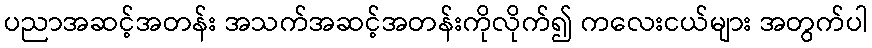
ပညာအဆင့်အတန်း အသက်အဆင့်အတန်းကိုလိုက်၍ ကလေးငယ်များ အတွက်ပါ